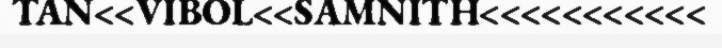
TAN<<VIBOL<<SAMNITH<<<<<<<<<<<